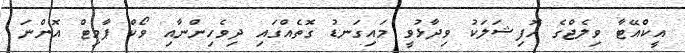
އީކްއޭޓާ ވިލެޖްގެ އޮފިޝަލަކު ވިދާޅުވީ މައިގަނޑު ގޮތެއްގައި ދިވެހިންނާއި ވޯކް ޕާމިޓް އޮންނަ